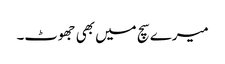
میرے سچ میں بھی جھوٹ۔